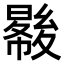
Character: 𡕺